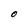
Character: O